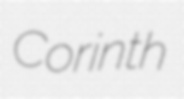
Corinth